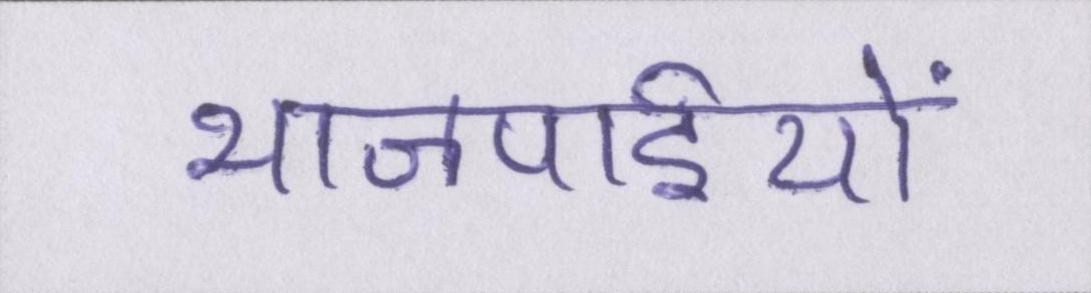
भाजपाईयों